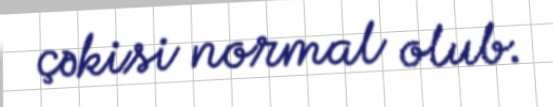
çəkisi normal olub.